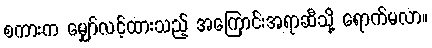
စကားက မျှော်လင့်ထားသည့် အကြောင်းအရာဆီသို့ ရောက်မလာ။